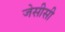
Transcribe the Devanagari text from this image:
जेसीसी